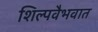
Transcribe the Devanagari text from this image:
शिल्पवैभवात